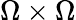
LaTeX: \Omega\times\Omega